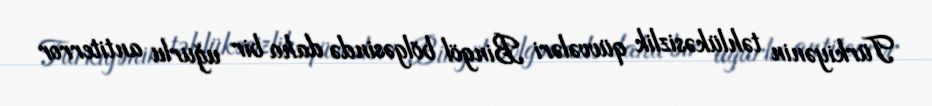
Türkiyənin təhlükəsizlik qüvvələri Bingöl bölgəsində daha bir uğurlu antiterror